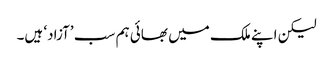
لیکن اپنے ملک میں بھائی ہم سب ’آزاد‘ ہیں۔